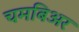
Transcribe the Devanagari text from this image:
चमबिअर